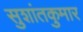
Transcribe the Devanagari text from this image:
सुशांतकुमार